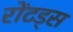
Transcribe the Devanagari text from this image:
रोंटड्स